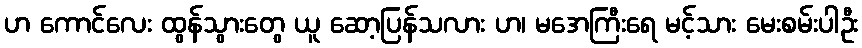
ဟ ကောင်လေး ထွန်သွားတွေ ယူ ဆော့ပြန်သလား ဟ၊ မအေကြီးရေ မင့်သား မေးစမ်းပါဦး